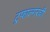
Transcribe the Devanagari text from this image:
ट्रफाल्गरची